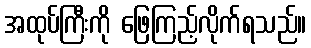
အထုပ်ကြီးကို ဖြေကြည့်လိုက်ရသည်။